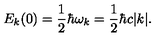
E _ { k } ( 0 ) = \frac { 1 } { 2 } \hbar \omega _ { k } = \frac { 1 } { 2 } \hbar c | k | .